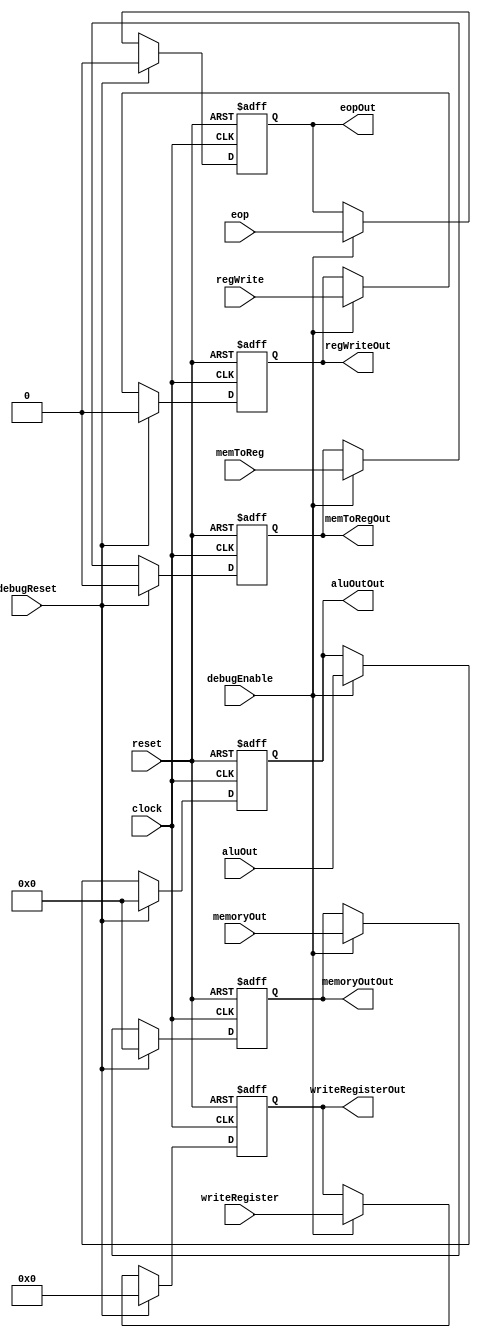
module MEM_WB(
		input clock,
		input reset,
		input debugEnable,
		input debugReset,
		input [4:0] writeRegister,
		input [31:0] aluOut,
		input [31:0] memoryOut,
		input regWrite,
		input memToReg,
		input eop,
		
		output reg [4:0] writeRegisterOut,
		output reg [31:0] aluOutOut,
		output reg [31:0] memoryOutOut,
		output reg regWriteOut,
		output reg memToRegOut,
		output reg eopOut
    );
	 
	 	 always @(negedge clock,posedge reset)begin
		if(reset)begin
			writeRegisterOut<=0;
			aluOutOut<=0;
			memoryOutOut<=0;
			regWriteOut<=0;
			memToRegOut<=0;
			eopOut<=0;
		end
		else if (debugReset)begin
			writeRegisterOut<=0;
			aluOutOut<=0;
			memoryOutOut<=0;
			regWriteOut<=0;
			memToRegOut<=0;
			eopOut<=0;
		end
		else if(debugEnable) begin
			writeRegisterOut<=writeRegister;
			aluOutOut<=aluOut;
			memoryOutOut<=memoryOut;
			regWriteOut<=regWrite;
			memToRegOut<=memToReg;
			eopOut<=eop;
		end
		
	 end


endmodule